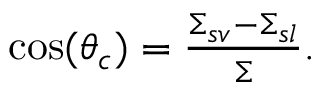
\begin{array} { r } { \cos ( \theta _ { c } ) = \frac { \Sigma _ { s v } - \Sigma _ { s l } } { \Sigma } . } \end{array}